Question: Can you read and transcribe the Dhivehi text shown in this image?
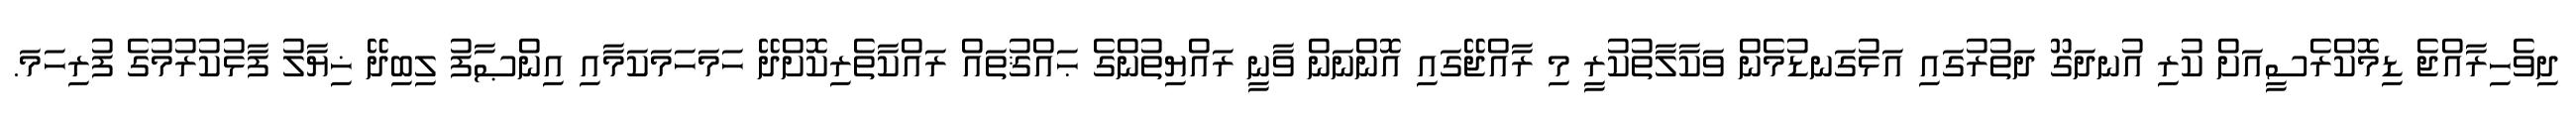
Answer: ދިވެހިރާއްޖެ ޑިމޮކްރެސީއަށް ކުރި އުނދަގޫ ދަތުރުގައި އަޅުގަނޑުމެން ވަކާލާތުކުރީ މި ރާއްޖޭގައި އޮންނަން ވާނީ ރައްޔިތުންގެ ޙައްޤުތައް ރައްކާތެރިކޮށްދޭ ހަމަހަމަކަމާއި އިންޞާފު ލިބިދޭ ޚިޔާލު ފާޅުކުރުމުގެ ފުރިހަމަ.